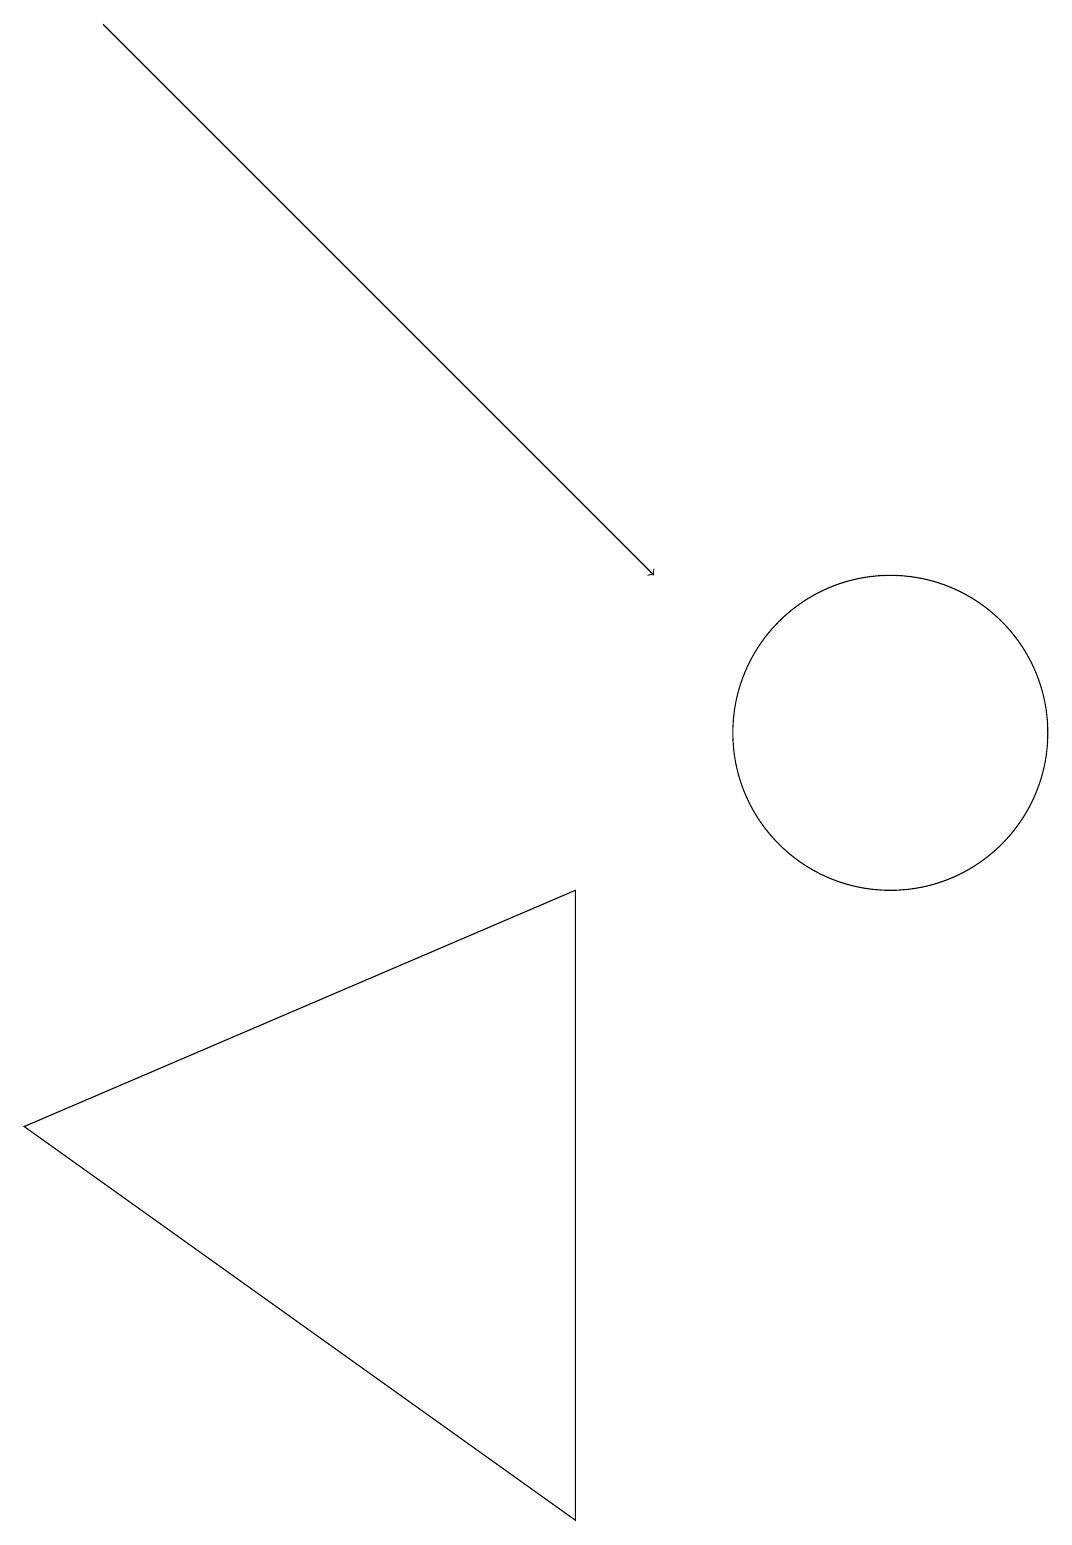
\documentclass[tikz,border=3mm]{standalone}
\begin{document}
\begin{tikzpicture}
\draw[->] (1,19) -- (8,12);
\draw (11,12) circle (0);
\draw (10,11) circle (0);
\draw (11,10) circle (2);
\draw (7,8) -- (0,5) -- (7,0) -- cycle;
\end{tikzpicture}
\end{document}